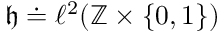
\mathfrak { h } \doteq \ell ^ { 2 } ( \mathbb { Z } \times \{ 0 , 1 \} )